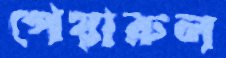
পেয়ারুল